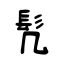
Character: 髠